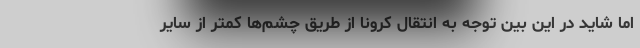
اما شاید در این بین توجه به انتقال کرونا از طریق چشم‌ها کمتر از سایر